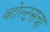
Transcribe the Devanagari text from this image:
व्होल्टसचा